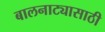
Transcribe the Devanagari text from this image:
बालनाट्यासाठी